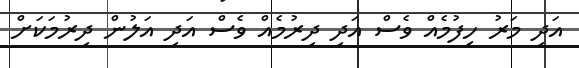
އަދި މަރު ހިފުމެއް ވެސް އަދި ދިރުމެއް ވެސް އަދި އަލުން ދިރުމަކަށް